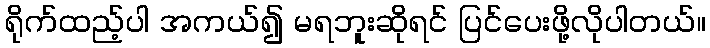
ရိုက်ထည့်ပါ အကယ်၍ မရဘူးဆိုရင် ပြင်ပေးဖို့လိုပါတယ်။